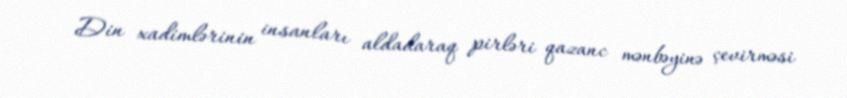
Din xadimlərinin insanları aldadaraq pirləri qazanc mənbəyinə çevirməsi